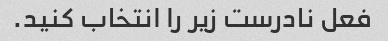
فعل نادرست زیر را انتخاب کنید.